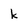
Character: k